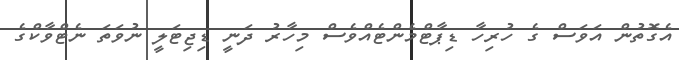
އެގޮތުން އަވަސް ގެ ހުރިހާ ޑިޕާޓްމެންޓެއްވެސް މިހާރު ދަނީ ޑިޖިޓަލީ ނުވަތަ ނެޓްވާކްގެ